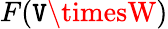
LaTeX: F(\mathtt{V}\timesW)